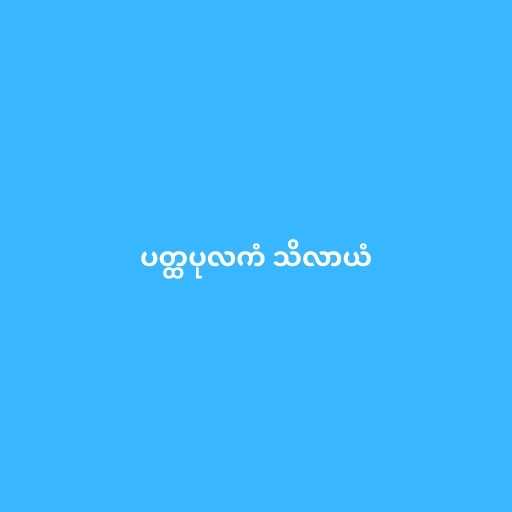
ပတ္ထပုလကံ သိလာယံ